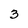
Character: 3